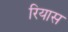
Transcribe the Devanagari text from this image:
रियास